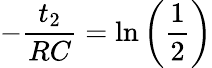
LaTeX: -\frac{t_{2}}{RC}=\ln\left(\frac{1}{2}\right)